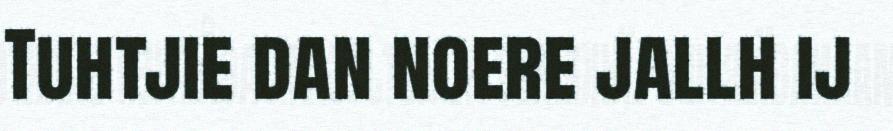
Tuhtjie dan noere jallh ij